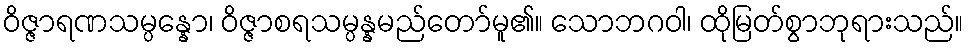
ဝိဇ္ဇာရဏသမ္ပန္နော၊ ဝိဇ္ဇာစရသမ္ပန္နမည်တော်မူ၏။ သောဘဂဝါ၊ ထိုမြတ်စွာဘုရားသည်။